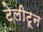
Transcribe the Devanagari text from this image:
टेलीटून